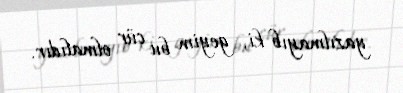
yazılmayıb ki, geyim bu cür olmalıdır.